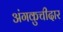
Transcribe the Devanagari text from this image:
अंगकुचीदार